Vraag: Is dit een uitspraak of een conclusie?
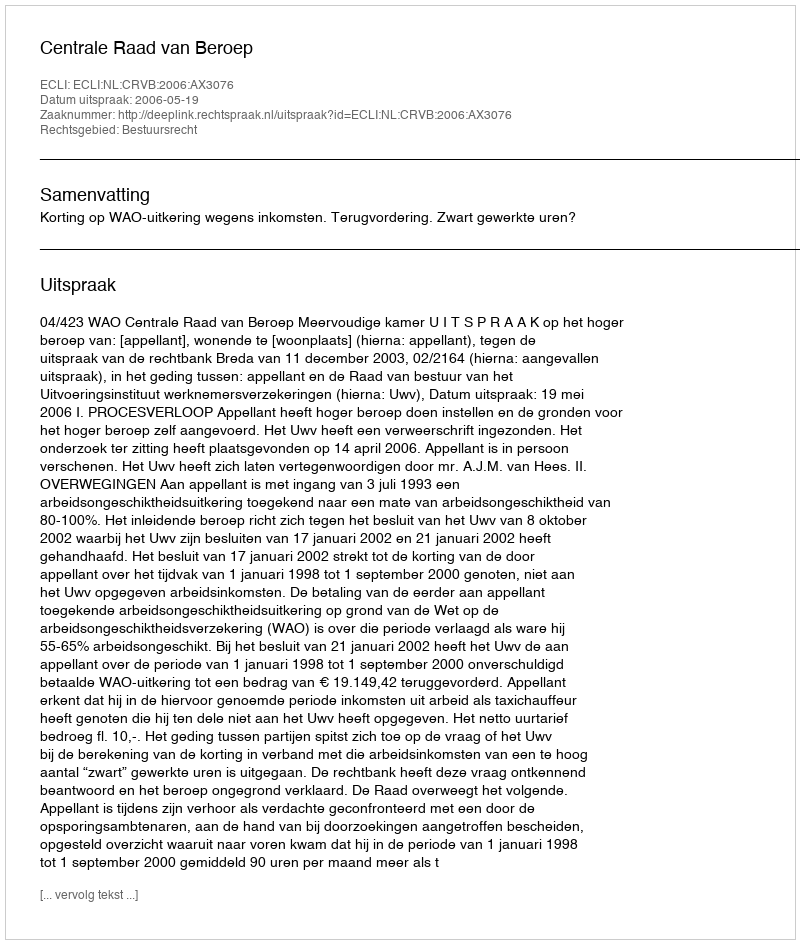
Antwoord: Uitspraak